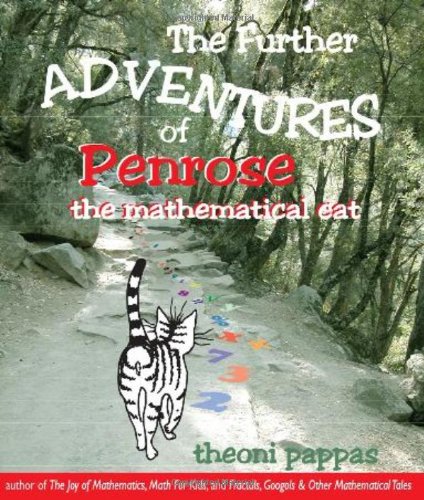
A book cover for Further Adventures of Penrose the Mathematical Cat; Theoni Pappas; Humor & Entertainment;